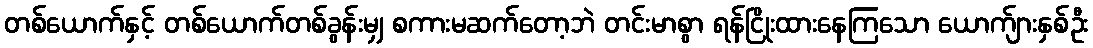
တစ်ယောက်နှင့် တစ်ယောက်တစ်ခွန်းမျှ စကားမဆက်တော့ဘဲ တင်းမာစွာ ရန်ငြိုးထားနေကြသော ယောက်ျားနှစ်ဦး